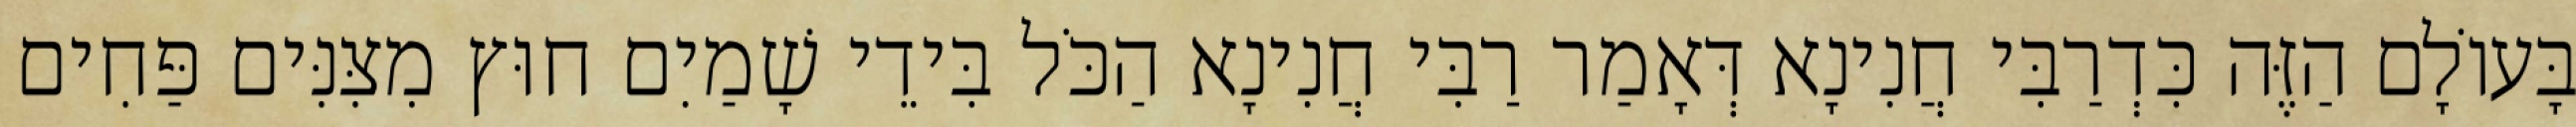
בָּעוֹלָם הַזֶּה כִּדְרַבִּי חֲנִינָא דְּאָמַר רַבִּי חֲנִינָא הַכֹּל בִּידֵי שָׁמַיִם חוּץ מִצִּנִּים פַּחִים